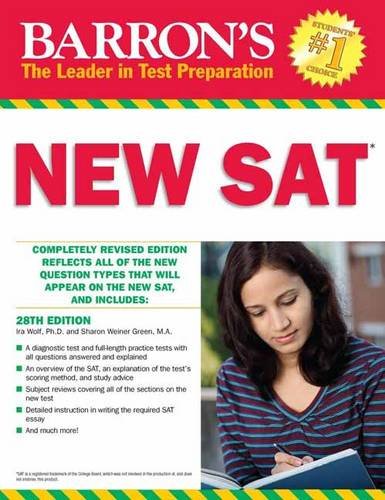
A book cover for Barron's NEW SAT, 28th Edition (Barron's Sat (Book Only)); Sharon Weiner Green M.A.; Test Preparation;